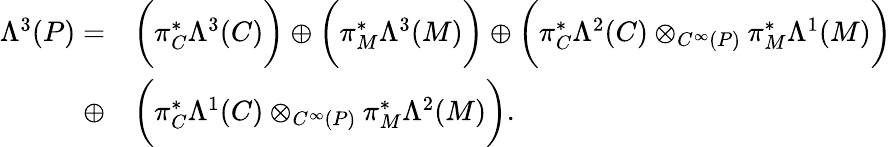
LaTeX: \begin{array}{rl}{\Lambda^{3}(P)=}&{\bigg(\pi_{C}^{*}\Lambda^{3}(C)\bigg)\oplus\bigg(\pi_{M}^{*}\Lambda^{3}(M)\bigg)\oplus\bigg(\pi_{C}^{*}\Lambda^{2}(C)\otimes_{C^{\infty}(P)}\pi_{M}^{*}\Lambda^{1}(M)\bigg)}\\ {\oplus}&{\bigg(\pi_{C}^{*}\Lambda^{1}(C)\otimes_{C^{\infty}(P)}\pi_{M}^{*}\Lambda^{2}(M)\bigg).}\end{array}